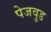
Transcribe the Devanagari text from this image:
पेजवुड